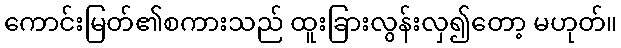
ကောင်းမြတ်၏စကားသည် ထူးခြားလွန်းလှ၍တော့ မဟုတ်။